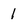
Character: 1